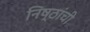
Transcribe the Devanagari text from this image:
निष्ठांची